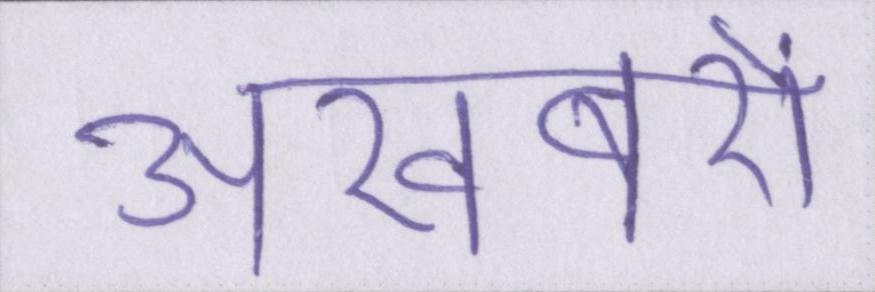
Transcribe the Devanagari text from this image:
अखबरों